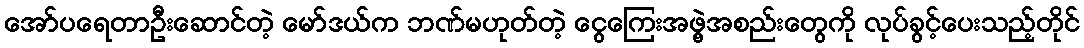
အော်ပရေတာဦးဆောင်တဲ့ မော်ဒယ်က ဘဏ်မဟုတ်တဲ့ ငွေကြေးအဖွဲ့အစည်းတွေကို လုပ်ခွင့်ပေးသည့်တိုင်